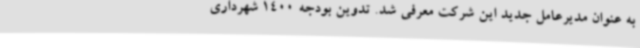
به عنوان مدیرعامل جدید این شرکت معرفی شد. تدوین بودجه 1400 شهرداری